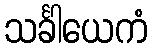
သင်္ခါယေကံ